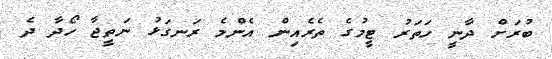
ބުރަށް ދާނީ ހަތަރު ޓީމުގެ ތެރެއިން އެންމެ ރަނގަޅު ނަތީޖާ ހޯދާ ދެ